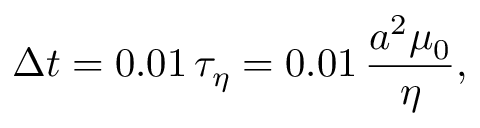
\Delta t = 0 . 0 1 \, \tau _ { \eta } = 0 . 0 1 \, \frac { a ^ { 2 } \mu _ { 0 } } { \eta } ,